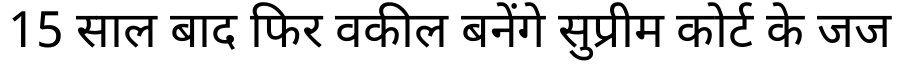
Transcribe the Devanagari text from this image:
15 साल बाद फिर वकील बनेंगे सुप्रीम कोर्ट के जज